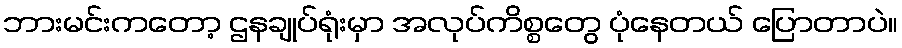
ဘားမင်းကတော့ ဌနချုပ်ရုံးမှာ အလုပ်ကိစ္စတွေ ပုံနေတယ် ပြောတာပဲ။